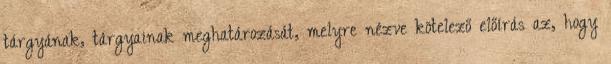
tárgyának, tárgyainak meghatározását, melyre nézve kötelező előírás az, hogy